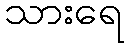
သားရေ